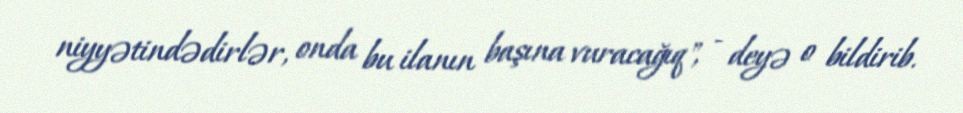
niyyətindədirlər, onda bu ilanın başına vuracağıq", - deyə o bildirib.